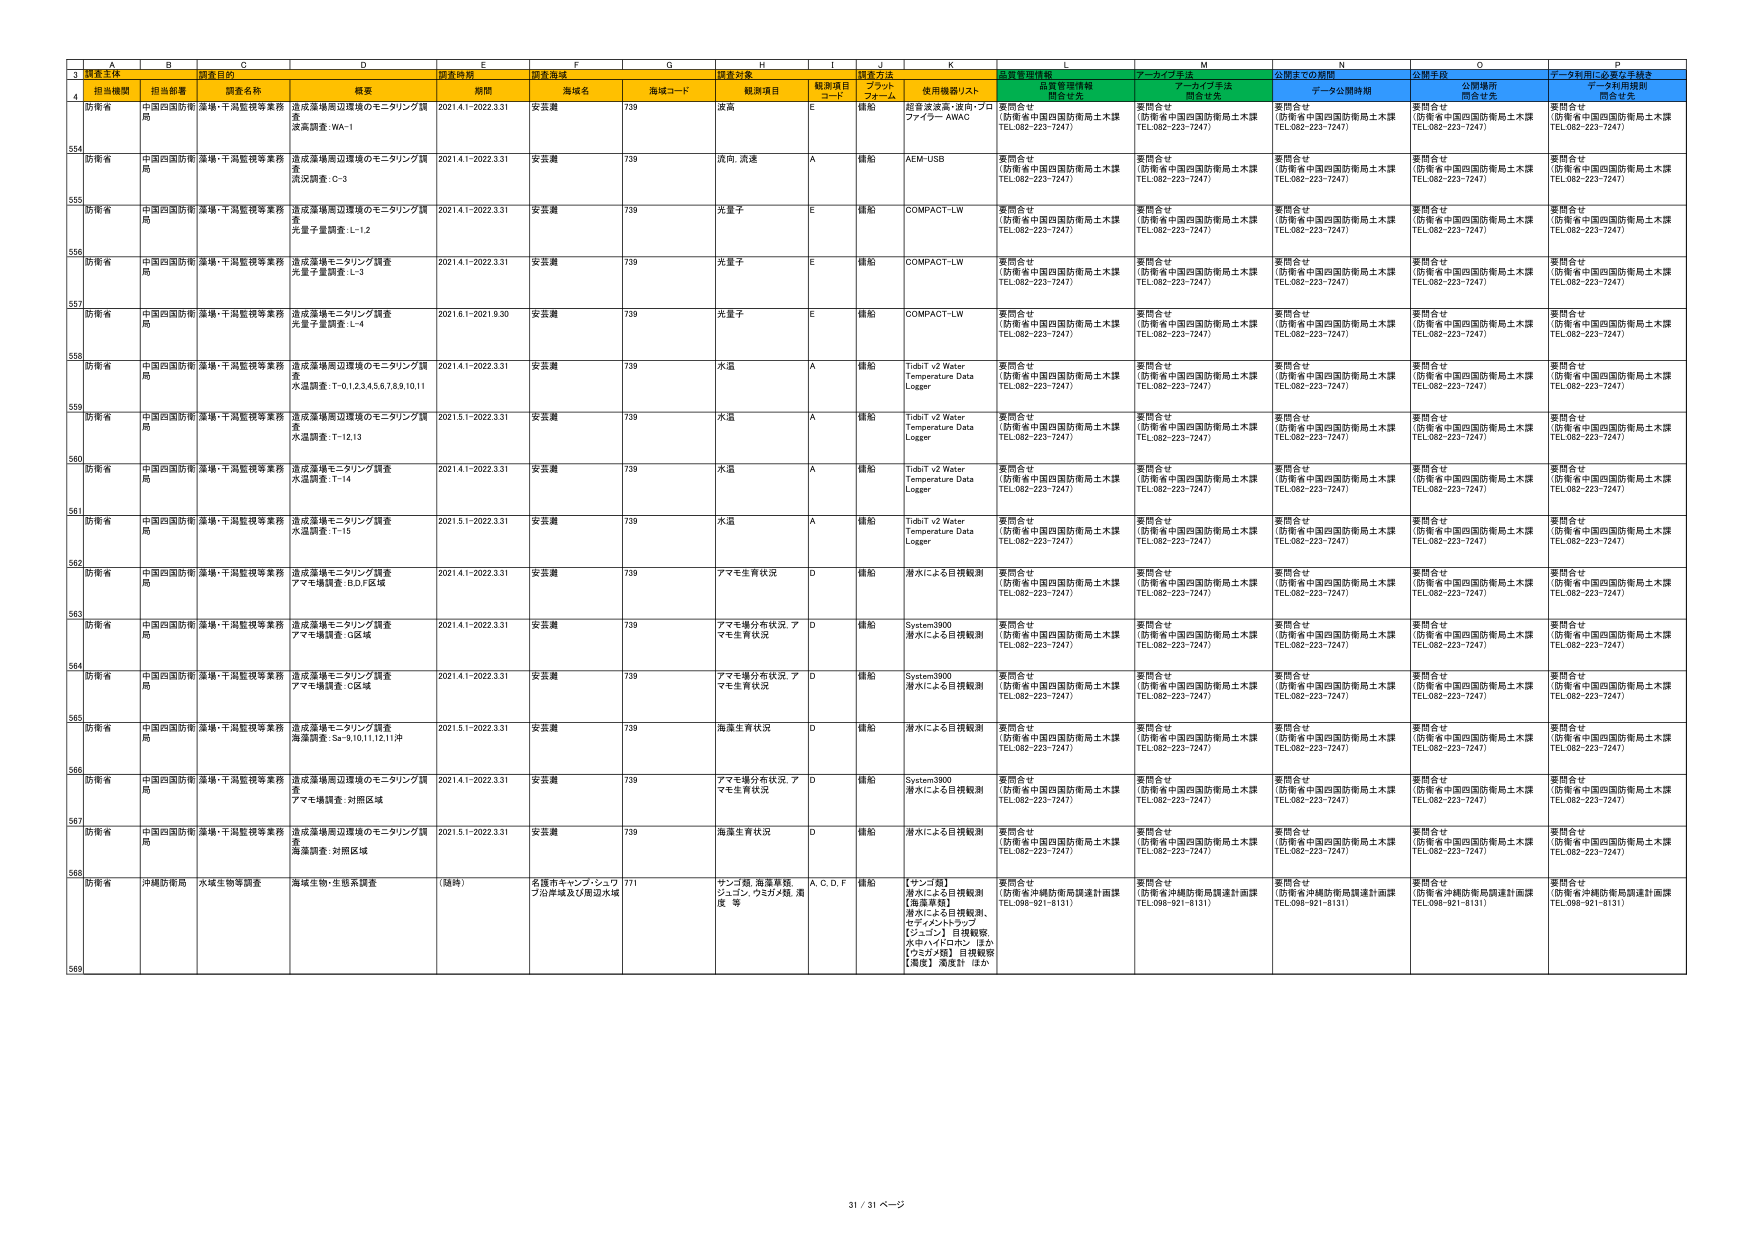
31 / 31 ページ

A B C D E F G H I J K L M N O P
3 調査主体 調査目的 調査時期 調査海域 調査対象 観測項目 観測項目 コード 調査方法 プラット フォーム 使用機器リスト 品質管理情報 開発者先 アーカイブ手法 開発者先 公開までの期間 データ公開時期 公開手段 開発者先 データ利用に必要な手続き データ利用規則 開発者先
4 担当機関 担当部署 調査名称 概要 期間 海域名 海域コード 観測項目
554 防衛省 中国四国防衛局 漢嶋・千潟監視等業務 海底深溝周辺環境のモニタリング調査 深溝調査：WA-1 2021.4.1～2022.3.31 安芸灘 739 波高 E 錐船 超音波波高：波向・プロファイラー AWAC 要問合せ （防衛省中国四国防衛局土木課 TEL.082-223-7247） 要問合せ （防衛省中国四国防衛局土木課 TEL.082-223-7247） 要問合せ （防衛省中国四国防衛局土木課 TEL.082-223-7247） 要問合せ （防衛省中国四国防衛局土木課 TEL.082-223-7247） 要問合せ （防衛省中国四国防衛局土木課 TEL.082-223-7247）
555 防衛省 中国四国防衛局 漢嶋・千潟監視等業務 海底深溝周辺環境のモニタリング調査 流況調査：C-3 2021.4.1～2022.3.31 安芸灘 739 流向、流速 A 錐船 AEM-USB 要問合せ （防衛省中国四国防衛局土木課 TEL.082-223-7247） 要問合せ （防衛省中国四国防衛局土木課 TEL.082-223-7247） 要問合せ （防衛省中国四国防衛局土木課 TEL.082-223-7247） 要問合せ （防衛省中国四国防衛局土木課 TEL.082-223-7247） 要問合せ （防衛省中国四国防衛局土木課 TEL.082-223-7247）
556 防衛省 中国四国防衛局 漢嶋・千潟監視等業務 海底深溝周辺環境のモニタリング調査 光量子量調査：L-1,2 2021.4.1～2022.3.31 安芸灘 739 光量子 E 錐船 COMPACT-LW 要問合せ （防衛省中国四国防衛局土木課 TEL.082-223-7247） 要問合せ （防衛省中国四国防衛局土木課 TEL.082-223-7247） 要問合せ （防衛省中国四国防衛局土木課 TEL.082-223-7247） 要問合せ （防衛省中国四国防衛局土木課 TEL.082-223-7247） 要問合せ （防衛省中国四国防衛局土木課 TEL.082-223-7247）
557 防衛省 中国四国防衛局 漢嶋・千潟監視等業務 海底深溝モニタリング調査 光量子量調査：L-3 2021.4.1～2022.3.31 安芸灘 739 光量子 E 錐船 COMPACT-LW 要問合せ （防衛省中国四国防衛局土木課 TEL.082-223-7247） 要問合せ （防衛省中国四国防衛局土木課 TEL.082-223-7247） 要問合せ （防衛省中国四国防衛局土木課 TEL.082-223-7247） 要問合せ （防衛省中国四国防衛局土木課 TEL.082-223-7247） 要問合せ （防衛省中国四国防衛局土木課 TEL.082-223-7247）
558 防衛省 中国四国防衛局 漢嶋・千潟監視等業務 海底深溝モニタリング調査 光量子量調査：L-4 2021.6.1～2021.9.30 安芸灘 739 光量子 E 錐船 COMPACT-LW 要問合せ （防衛省中国四国防衛局土木課 TEL.082-223-7247） 要問合せ （防衛省中国四国防衛局土木課 TEL.082-223-7247） 要問合せ （防衛省中国四国防衛局土木課 TEL.082-223-7247） 要問合せ （防衛省中国四国防衛局土木課 TEL.082-223-7247） 要問合せ （防衛省中国四国防衛局土木課 TEL.082-223-7247）
559 防衛省 中国四国防衛局 漢嶋・千潟監視等業務 海底深溝周辺環境のモニタリング調査 水温調査：T-0,1,2,3,4,5,6,7,8,9,10,11 2021.4.1～2022.3.31 安芸灘 739 水温 A 錐船 TidbiT v2 Water Temperature Data Logger 要問合せ （防衛省中国四国防衛局土木課 TEL.082-223-7247） 要問合せ （防衛省中国四国防衛局土木課 TEL.082-223-7247） 要問合せ （防衛省中国四国防衛局土木課 TEL.082-223-7247） 要問合せ （防衛省中国四国防衛局土木課 TEL.082-223-7247） 要問合せ （防衛省中国四国防衛局土木課 TEL.082-223-7247）
560 防衛省 中国四国防衛局 漢嶋・千潟監視等業務 海底深溝周辺環境のモニタリング調査 水温調査：T-12,13 2021.5.1～2022.3.31 安芸灘 739 水温 A 錐船 TidbiT v2 Water Temperature Data Logger 要問合せ （防衛省中国四国防衛局土木課 TEL.082-223-7247） 要問合せ （防衛省中国四国防衛局土木課 TEL.082-223-7247） 要問合せ （防衛省中国四国防衛局土木課 TEL.082-223-7247） 要問合せ （防衛省中国四国防衛局土木課 TEL.082-223-7247） 要問合せ （防衛省中国四国防衛局土木課 TEL.082-223-7247）
561 防衛省 中国四国防衛局 漢嶋・千潟監視等業務 海底深溝モニタリング調査 水温調査：T-14 2021.4.1～2022.3.31 安芸灘 739 水温 A 錐船 TidbiT v2 Water Temperature Data Logger 要問合せ （防衛省中国四国防衛局土木課 TEL.082-223-7247） 要問合せ （防衛省中国四国防衛局土木課 TEL.082-223-7247） 要問合せ （防衛省中国四国防衛局土木課 TEL.082-223-7247） 要問合せ （防衛省中国四国防衛局土木課 TEL.082-223-7247） 要問合せ （防衛省中国四国防衛局土木課 TEL.082-223-7247）
562 防衛省 中国四国防衛局 漢嶋・千潟監視等業務 海底深溝モニタリング調査 水温調査：T-15 2021.5.1～2022.3.31 安芸灘 739 水温 A 錐船 TidbiT v2 Water Temperature Data Logger 要問合せ （防衛省中国四国防衛局土木課 TEL.082-223-7247） 要問合せ （防衛省中国四国防衛局土木課 TEL.082-223-7247） 要問合せ （防衛省中国四国防衛局土木課 TEL.082-223-7247） 要問合せ （防衛省中国四国防衛局土木課 TEL.082-223-7247） 要問合せ （防衛省中国四国防衛局土木課 TEL.082-223-7247）
563 防衛省 中国四国防衛局 漢嶋・千潟監視等業務 海底深溝モニタリング調査 アマモ場調査：B,D,F区域 2021.4.1～2022.3.31 安芸灘 739 アマモ生育状況 D 錐船 潜水による目視観測 要問合せ （防衛省中国四国防衛局土木課 TEL.082-223-7247） 要問合せ （防衛省中国四国防衛局土木課 TEL.082-223-7247） 要問合せ （防衛省中国四国防衛局土木課 TEL.082-223-7247） 要問合せ （防衛省中国四国防衛局土木課 TEL.082-223-7247） 要問合せ （防衛省中国四国防衛局土木課 TEL.082-223-7247）
564 防衛省 中国四国防衛局 漢嶋・千潟監視等業務 海底深溝モニタリング調査 アマモ場調査：G区域 2021.4.1～2022.3.31 安芸灘 739 アマモ場分布状況、アマモ生育状況 D 錐船 System3900 潜水による目視観測 要問合せ （防衛省中国四国防衛局土木課 TEL.082-223-7247） 要問合せ （防衛省中国四国防衛局土木課 TEL.082-223-7247） 要問合せ （防衛省中国四国防衛局土木課 TEL.082-223-7247） 要問合せ （防衛省中国四国防衛局土木課 TEL.082-223-7247） 要問合せ （防衛省中国四国防衛局土木課 TEL.082-223-7247）
565 防衛省 中国四国防衛局 漢嶋・千潟監視等業務 海底深溝モニタリング調査 アマモ場調査：G区域 2021.4.1～2022.3.31 安芸灘 739 アマモ場分布状況、アマモ生育状況 D 錐船 System3900 潜水による目視観測 要問合せ （防衛省中国四国防衛局土木課 TEL.082-223-7247） 要問合せ （防衛省中国四国防衛局土木課 TEL.082-223-7247） 要問合せ （防衛省中国四国防衛局土木課 TEL.082-223-7247） 要問合せ （防衛省中国四国防衛局土木課 TEL.082-223-7247） 要問合せ （防衛省中国四国防衛局土木課 TEL.082-223-7247）
566 防衛省 中国四国防衛局 漢嶋・千潟監視等業務 海底深溝モニタリング調査 海藻調査：Sa-9,10,11,12,11沖 2021.5.1～2022.3.31 安芸灘 739 海藻生育状況 D 錐船 潜水による目視観測 要問合せ （防衛省中国四国防衛局土木課 TEL.082-223-7247） 要問合せ （防衛省中国四国防衛局土木課 TEL.082-223-7247） 要問合せ （防衛省中国四国防衛局土木課 TEL.082-223-7247） 要問合せ （防衛省中国四国防衛局土木課 TEL.082-223-7247） 要問合せ （防衛省中国四国防衛局土木課 TEL.082-223-7247）
567 防衛省 中国四国防衛局 漢嶋・千潟監視等業務 海底深溝周辺環境のモニタリング調査 アマモ場調査：対照区域 2021.4.1～2022.3.31 安芸灘 739 アマモ場分布状況、アマモ生育状況 D 錐船 System3900 潜水による目視観測 要問合せ （防衛省中国四国防衛局土木課 TEL.082-223-7247） 要問合せ （防衛省中国四国防衛局土木課 TEL.082-223-7247） 要問合せ （防衛省中国四国防衛局土木課 TEL.082-223-7247） 要問合せ （防衛省中国四国防衛局土木課 TEL.082-223-7247） 要問合せ （防衛省中国四国防衛局土木課 TEL.082-223-7247）
568 防衛省 中国四国防衛局 漢嶋・千潟監視等業務 海底深溝周辺環境のモニタリング調査 海藻調査：対照区域 2021.5.1～2022.3.31 安芸灘 739 海藻生育状況 D 錐船 潜水による目視観測 要問合せ （防衛省中国四国防衛局土木課 TEL.082-223-7247） 要問合せ （防衛省中国四国防衛局土木課 TEL.082-223-7247） 要問合せ （防衛省中国四国防衛局土木課 TEL.082-223-7247） 要問合せ （防衛省中国四国防衛局土木課 TEL.082-223-7247） 要問合せ （防衛省中国四国防衛局土木課 TEL.082-223-7247）
569 防衛省 沖縄防衛局 水域生物等調査 海域生物・生態系調査 （継枠） 名護市キャンプ・シュワブ沿岸域及び周辺水域 771 サンゴ類、海藻草類、シユンゴン、ウミガメ類、濾食等 A.C.D.F 錐船 【サンゴ類】潜水による目視観測 【海藻草類】潜水による目視観測、セディメントトラップ 【シユンゴン】目視観察、水中ハイドロホン、ほか【ウミガメ類】目視観察 【濾食】濾度計 ほか 要問合せ （防衛省沖縄防衛局調達計画課 TEL.098-921-8131） 要問合せ （防衛省沖縄防衛局調達計画課 TEL.098-921-8131） 要問合せ （防衛省沖縄防衛局調達計画課 TEL.098-921-8131） 要問合せ （防衛省沖縄防衛局調達計画課 TEL.098-921-8131） 要問合せ （防衛省沖縄防衛局調達計画課 TEL.098-921-8131）